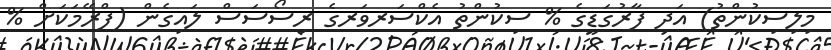
މިލިސިކުންތު) އަދި ފާރުގަޑީގެ % ސިކުންތު އެކްސަރވަރގެ ރިސޯސަސް ލައިގެން (ފްރޭމަކަށް %